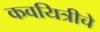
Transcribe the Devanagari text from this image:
कवयित्रीचे